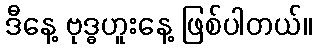
ဒီနေ့ ဗုဒ္ဓဟူးနေ့ ဖြစ်ပါတယ်။